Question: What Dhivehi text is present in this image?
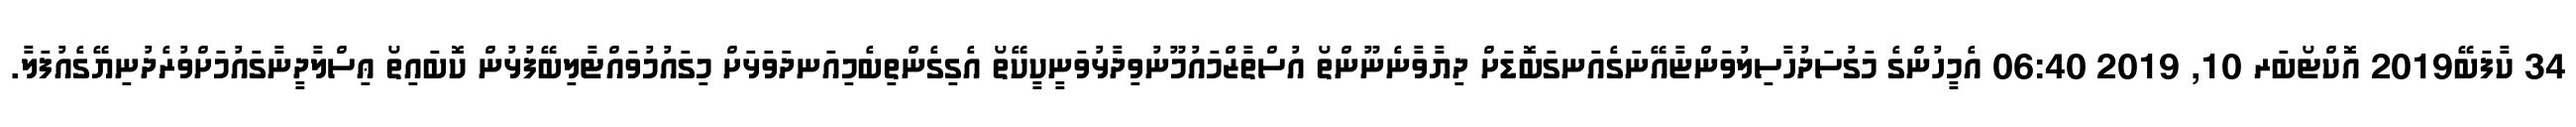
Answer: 34 ކާފަބޭ2019 އޮކްޓޯބަރ 10, 2019 06:40 އެމީހުންގެ މަގުސަދުހާސިލުވަންޏާއޭނަގެއަނގަބޮޑަށް ދިޔާވާނެނޫންތޯ އުސްތާޒްމައުމޫނުވިދާޅުވަނީކީކޭތޯ އެގިގެންތިބެމިއަނދަވަޅަށް މިގައުމުވައްޓާލިބޭފުޅުން ކޮބައިތޯ ޢިސްލާދީނާގައުމަށްވުރެދުނިޔޭގެއުފަލާ.